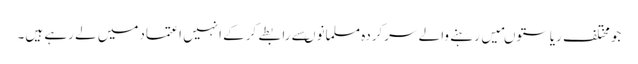
جومختلف ریاستوںمیں رہنے والے سرکردہ مسلمانوںسے رابطے کرکے انہیں اعتمادمیں لے رہے ہیں۔